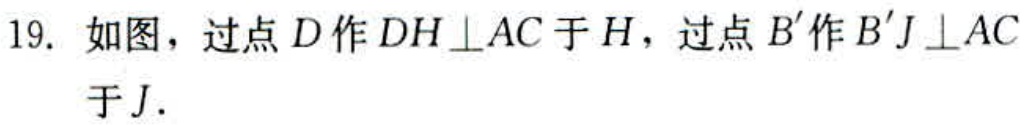
19. 如图，过点\(D\)作\(DH\perp AC\)于\(H\)，过点\(B'\)作\(B'J\perp AC\)于\(J\).